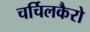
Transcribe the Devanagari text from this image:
चर्चिलकैरो